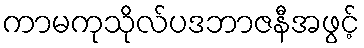
ကာမကုသိုလ်ပဒဘာဇနီအဖွင့်